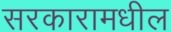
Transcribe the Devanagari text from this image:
सरकारामधील